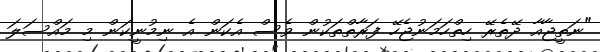
"ނަތީޖާއާ ދޭތެރޭ ހިތްހަމަނުޖެހޭ ފަރާތްތަކުން ވެސް އެކަން އެ ނިމުނީކަން މި މައްސަލަ